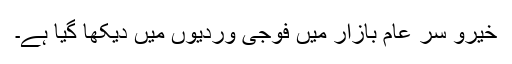
خیرو سر عام بازار میں فوجی وردیوں میں دیکھا گیا ہے۔